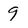
Character: 9